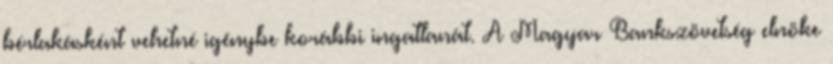
bérlakásként vehetné igénybe korábbi ingatlanát. A Magyar Bankszövetség elnöke